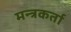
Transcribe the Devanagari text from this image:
मन्त्रकर्ता